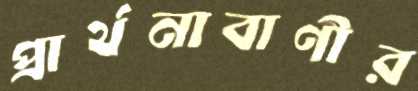
প্রার্থনাবাণীর